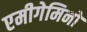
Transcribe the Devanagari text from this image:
एमीगेमिनो